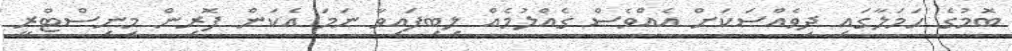
ބޮމުގެ ހަމަލާގައި ދިވެއްސަކަށް އެއްވެސް ގެއްލުމެއް ލިބިފައިވާ ނަމަ އެކަން ފޮރިން މިނިސްޓްރީ